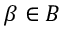
\beta \in B